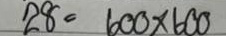
28 = 600 x 600